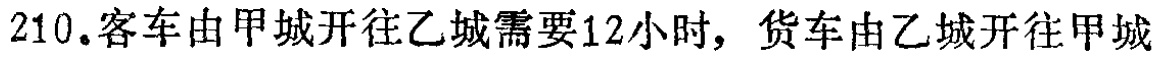
210.客车由甲城开往乙城需要12小时，货车由乙城开往甲城